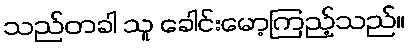
သည်တခါ သူ ခေါင်းမော့ကြည့်သည်။